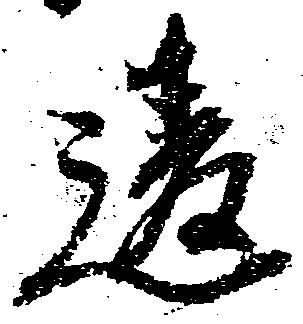
違